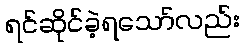
ရင်ဆိုင်ခဲ့ရသော်လည်း